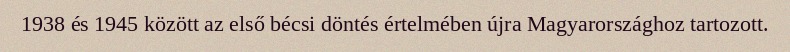
1938 és 1945 között az első bécsi döntés értelmében újra Magyarországhoz tartozott.